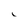
Character: 1